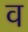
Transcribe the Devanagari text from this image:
व